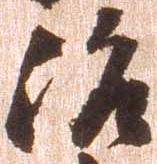
治